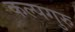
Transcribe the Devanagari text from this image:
कल्पगुरु